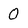
Character: 0